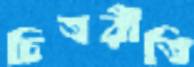
চিত্ররীতি